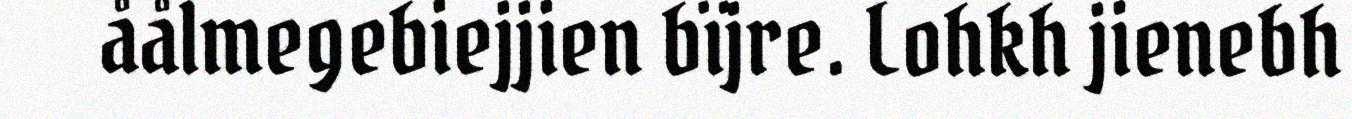
åålmegebiejjien bïjre. Lohkh jienebh